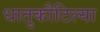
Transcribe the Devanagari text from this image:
धातुकौटिल्या